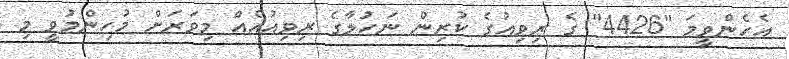
އެހެންވީމަ "4426" ގެ ރިވިއުގެ ކުރިން ނަހުލާގެ ރިވިއުއެއް މިވަރަށް މުހިންމުވީ މި